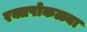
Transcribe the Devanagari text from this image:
रक्तपोकळ्या